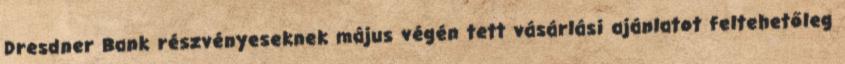
Dresdner Bank részvényeseknek május végén tett vásárlási ajánlatot feltehetőleg